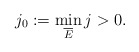
\begin{align*} j_0:=\min_{\overline E} j>0.\end{align*}